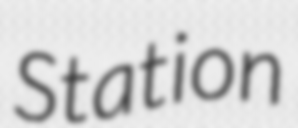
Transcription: Station